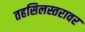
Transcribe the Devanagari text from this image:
तहसिलस्तरावर